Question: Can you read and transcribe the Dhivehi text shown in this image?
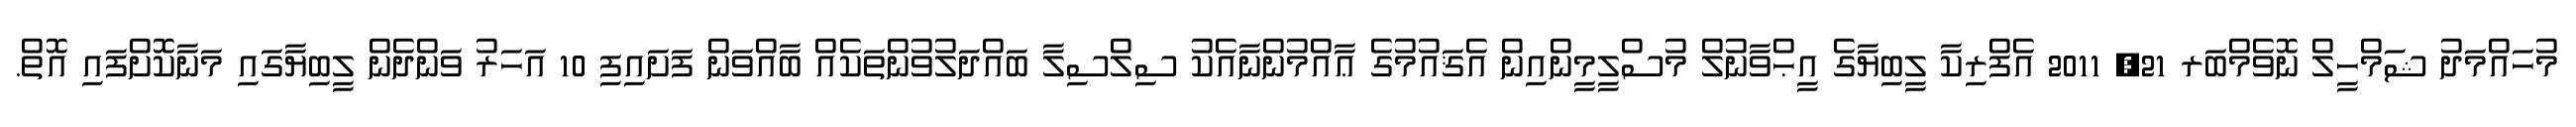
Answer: މުހައްމަދު ޝަމްހީލް ނޮވެމްބަރ 21, 2011 އެފްރިކާ ލީބިޔާގެ އީޙްވާނުލް މުސްލީމީންއިން އެޤައުމުގެ ޢާއްމުންނާއެކު ސިލްސިލާ ބައްދަލުވުންތަކެއް ބާއްވަން ފަށައިފި 10 އަހަރު ވަންދެން ލީބިޔާގައި މަނާކޮށްފައި އޮތް.